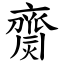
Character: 齌